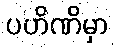
ပဟိဏိမှာ